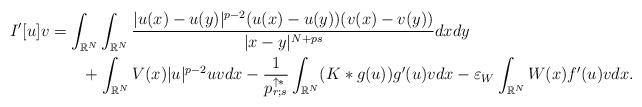
LaTeX: \begin{align*}I'[u]v&=\int_{\mathbb{R}^N} \int_{\mathbb{R}^N} \frac{|u(x)-u(y)|^{p-2}(u(x)-u(y))(v(x)-v(y))}{|x-y|^{N+ps}}dxdy \\&\quad\quad+ \int_{\mathbb{R}^N}V(x)|u|^{p-2}u v dx-\frac{1}{p_{r;s}^{\uparrow *}} \int_{\mathbb{R}^N}(K\ast g(u))g'(u)v dx -\varepsilon_W\int_{\mathbb{R}^N}W(x)f'(u)v dx.\end{align*}